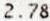
2.78